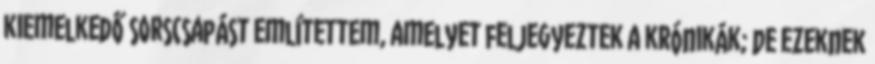
kiemelkedő sorscsapást említettem, amelyet feljegyeztek a krónikák; de ezeknek